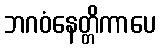
ဘဂဝံနေတ္တိကာပေ